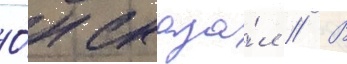
О́н сказа́л // В